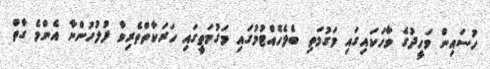
ހުސައިން ވަހީދުގެ ވާހަކައިގައި މަގުމަތި ބެލެހެއްޓުމުގައި މަގުމަތީގައި ހަރަކާތްތެރިވާ ފުލުހުންނާ އެންމެ ގާތް